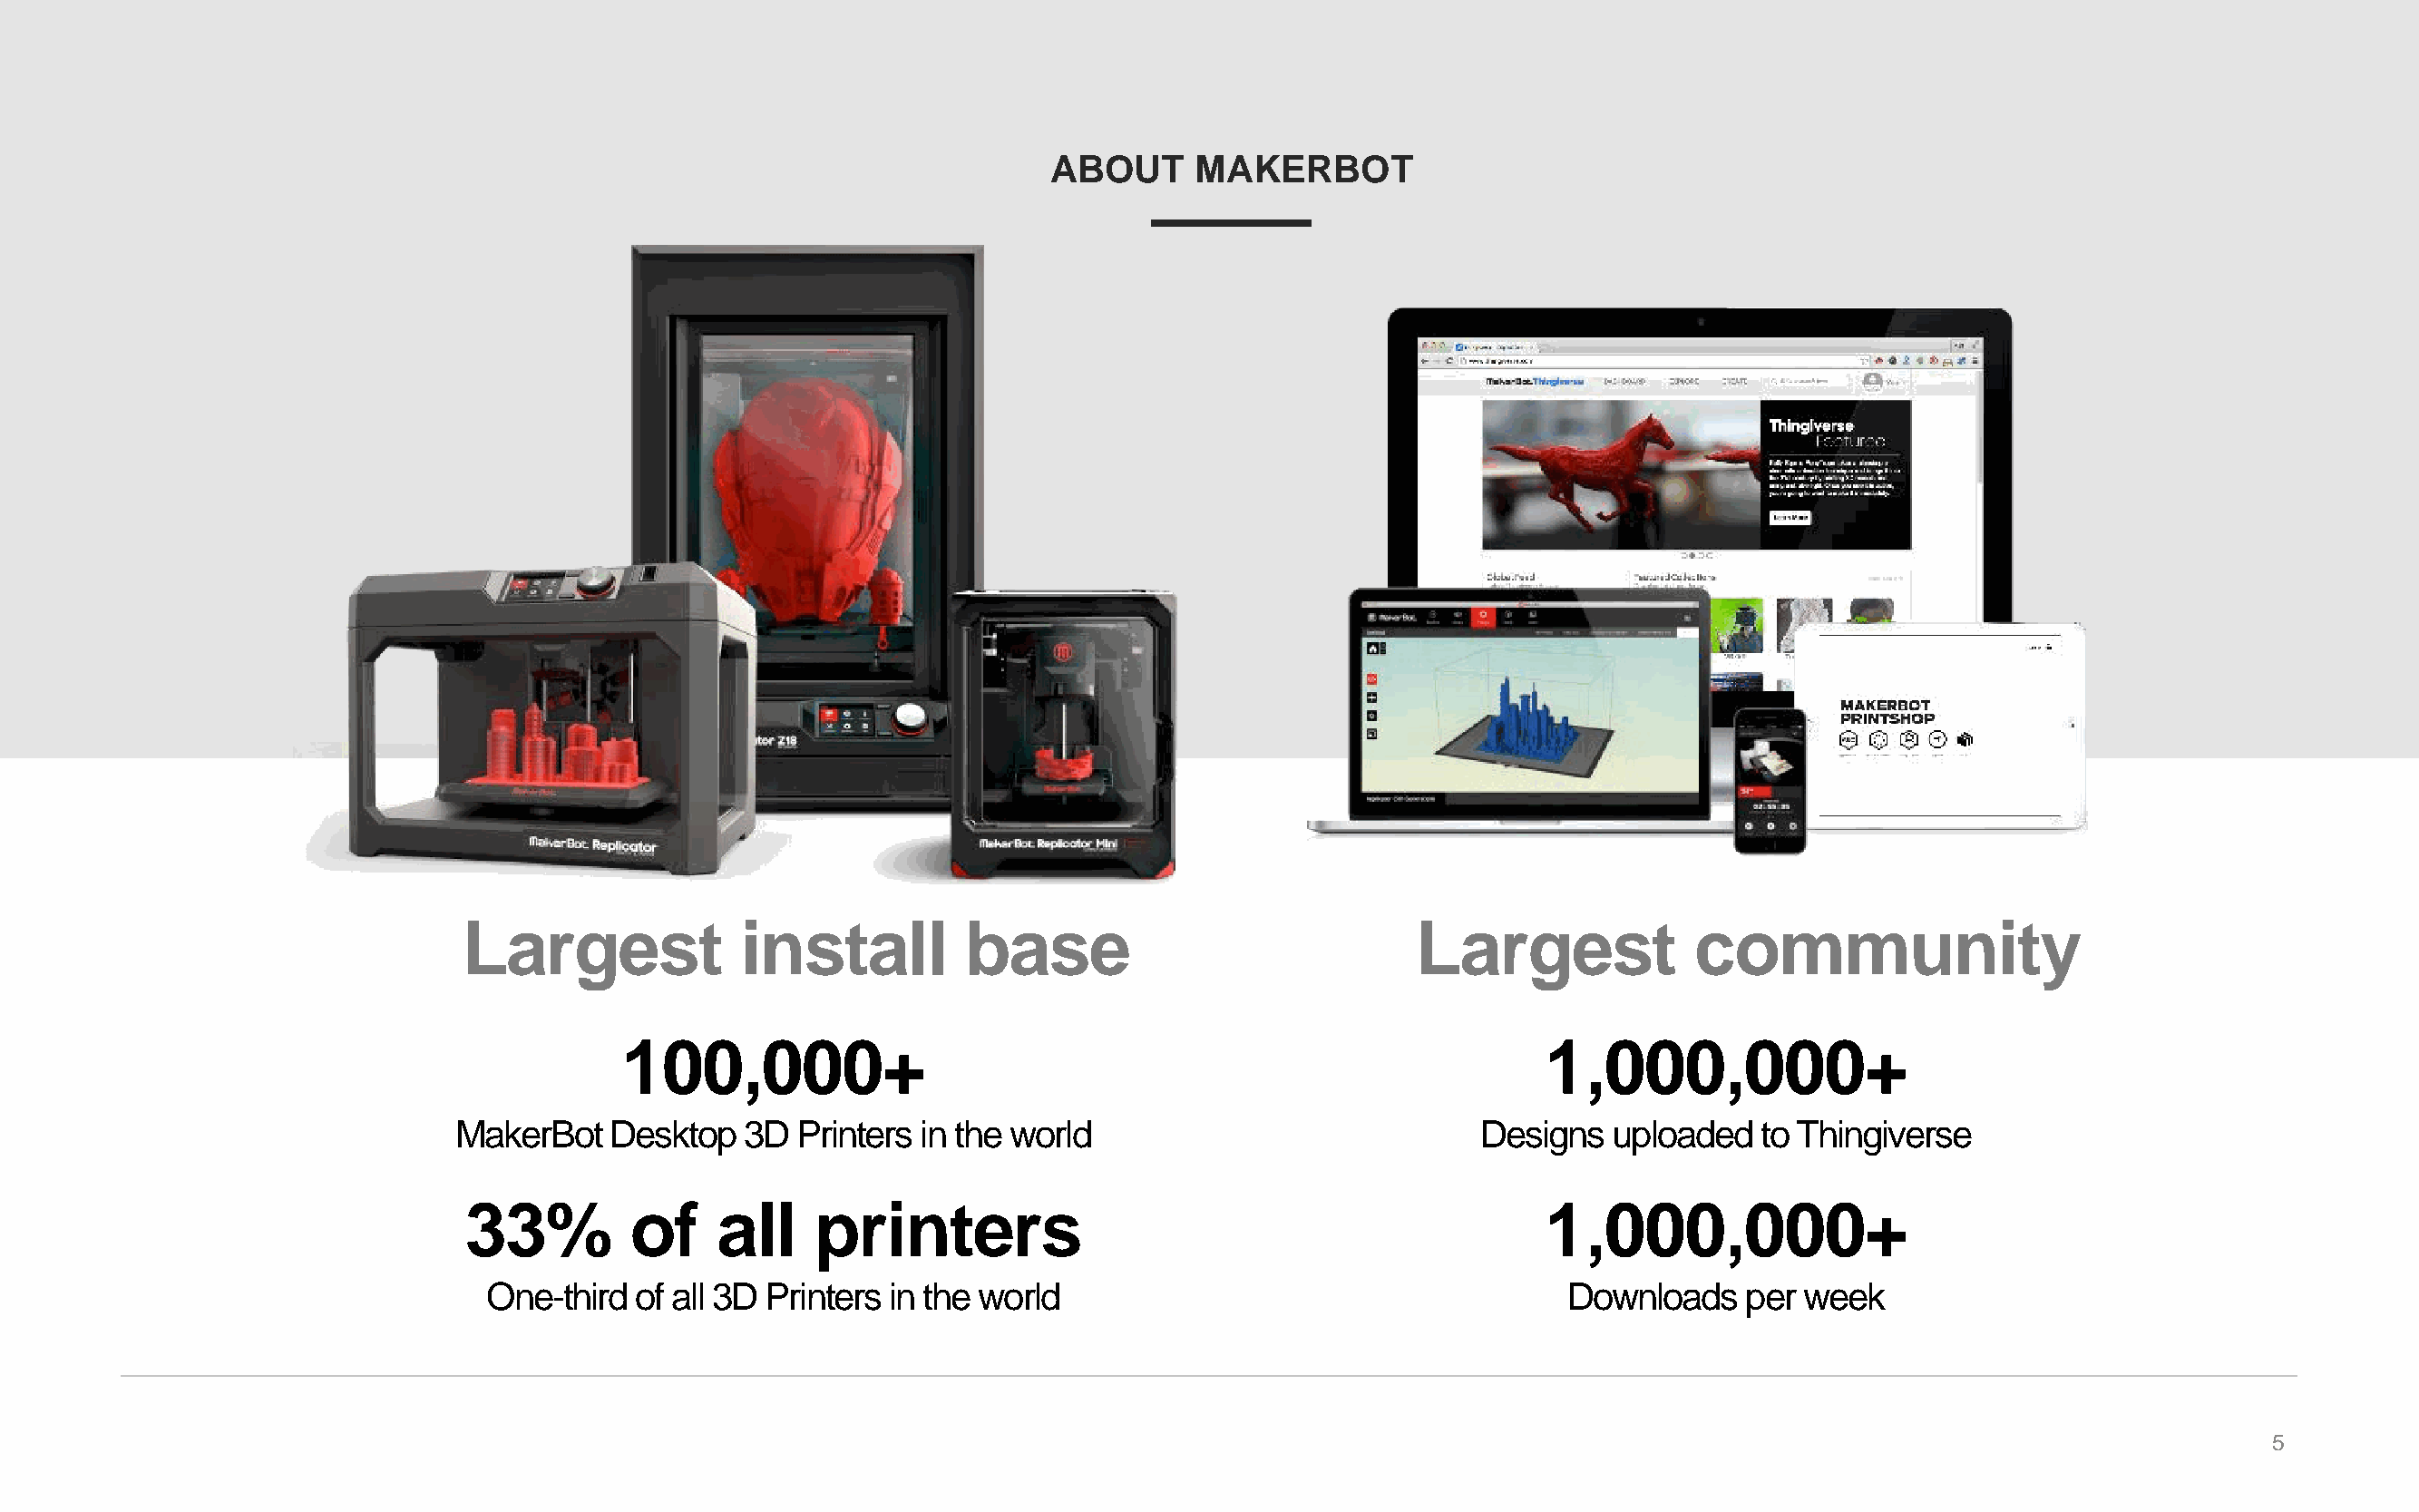
ABOUT     MAKERBOT
 Largest             install         base                             Largest              community
 100,000+                                                            1,000,000+
 MakerBot    Desktop  3D  Printers in the world                             Designs   uploaded   to Thingiverse
 33%         of    all    printers                                              1,000,000+
 One-third of all 3D Printers in the world                                     Downloads    per  week
 5